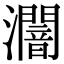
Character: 𤃷